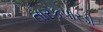
તારકપારડી